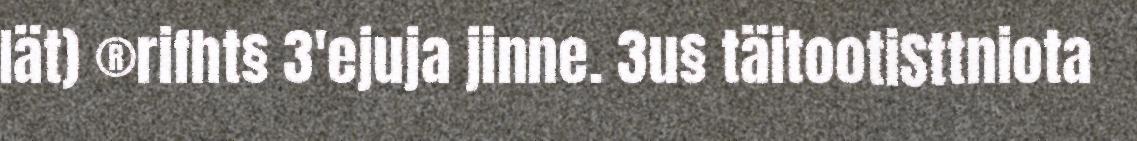
Iät) ®rifht§ 3'ejuja jinne. 3u§ täitootiSttniota